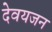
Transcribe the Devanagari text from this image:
देवयजन